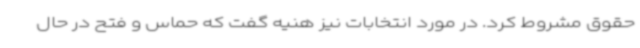
حقوق مشروط کرد. در مورد انتخابات نیز هنیه گفت که حماس و فتح در حال